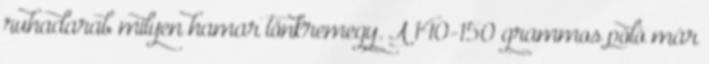
ruhadarab milyen hamar tönkremegy. A 140-150 grammos póló már